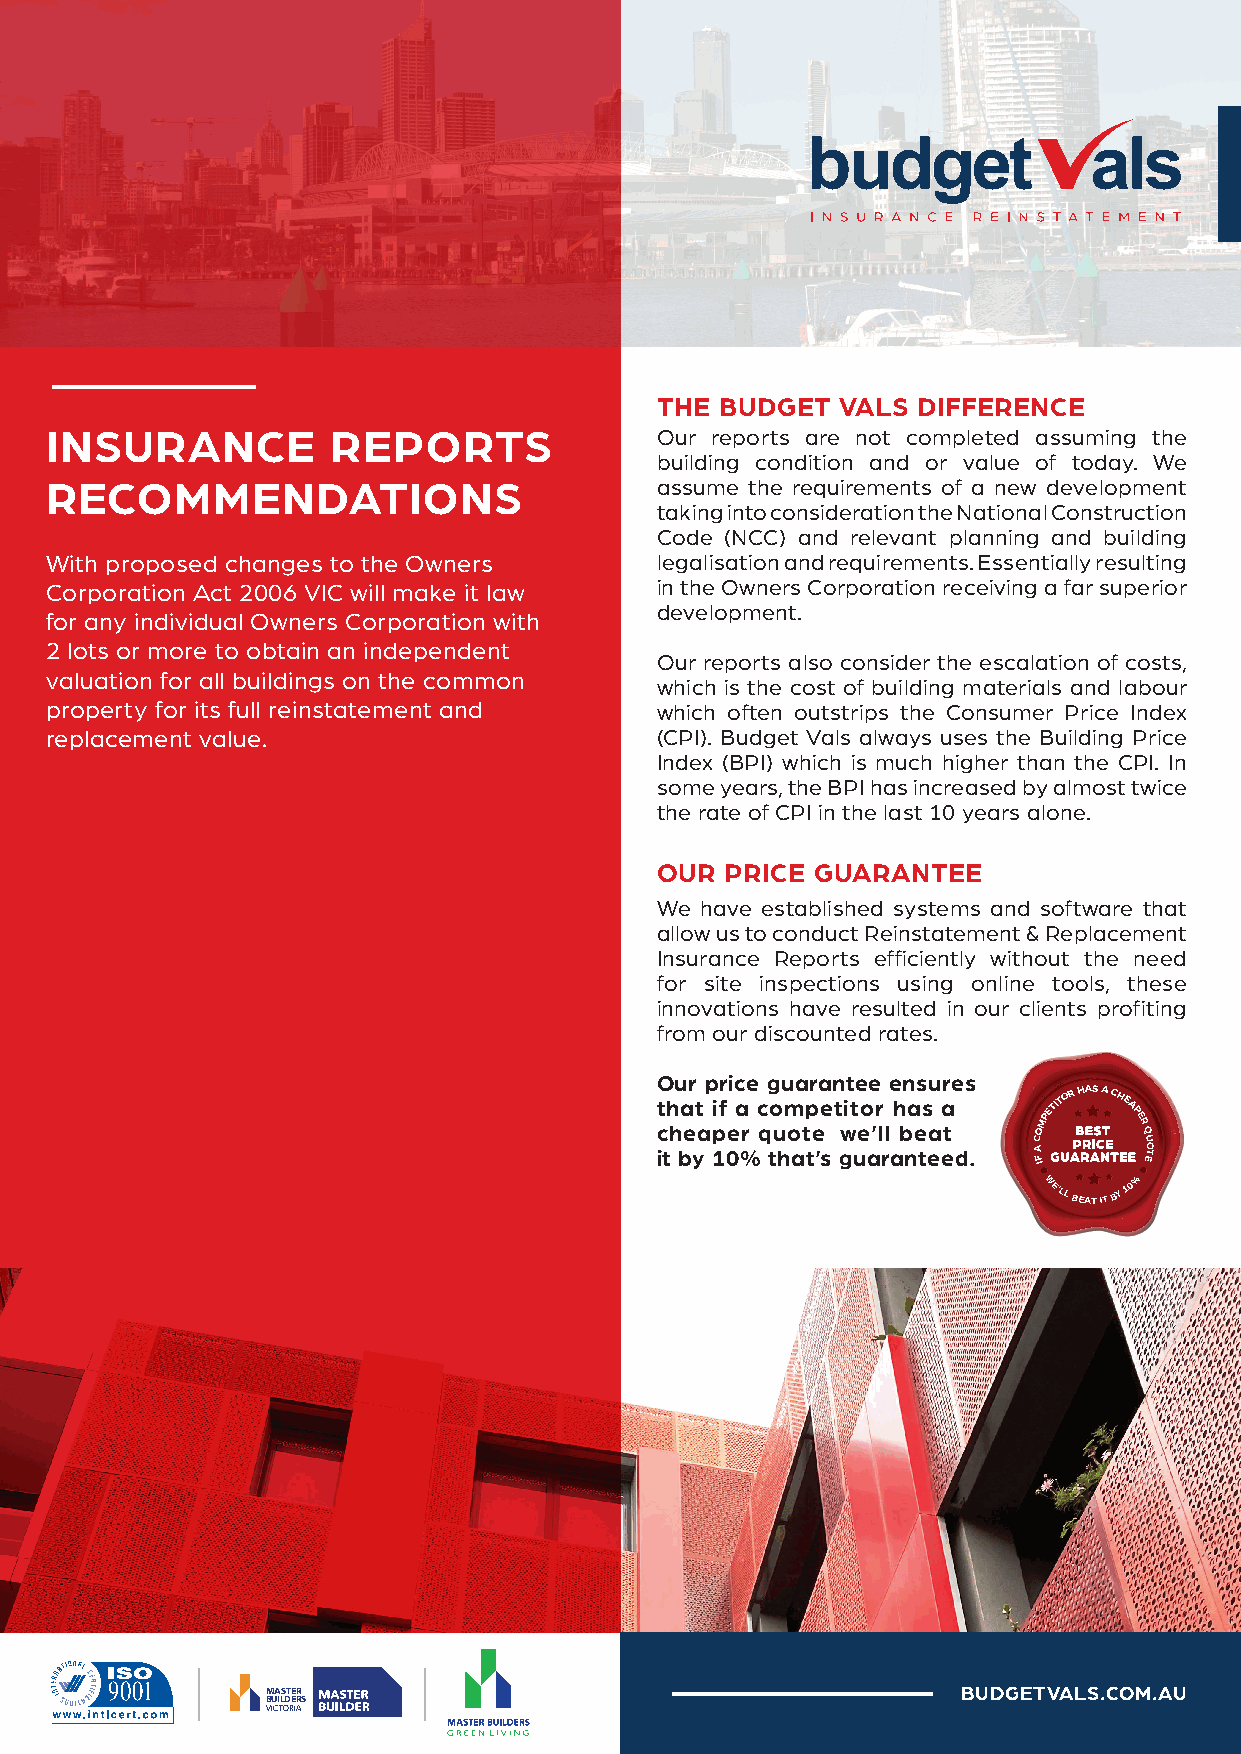
THE  BUDGET VALS  DIFFERENCE
 INSURANCE          REPORTS              Our reports are not completed assuming the
 building condition and or value of today. We
 RECOMMENDATIONS                         assume the requirements of a new development
 taking into consideration the National Construction
 Code (NCC) and relevant planning and building
 With proposed changes to the Owners     legalisation and requirements. Essentially resulting
 Corporation Act 2006 VIC will make it law in the Owners Corporation receiving a far superior
 development.
 for any individual Owners Corporation with
 2 lots or more to obtain an independent
 Our reports also consider the escalation of costs,
 valuation for all buildings on the common
 which is the cost of building materials and labour
 property for its full reinstatement and which often outstrips the Consumer Price Index
 replacement value.                      (CPI). Budget Vals always uses the Building Price
 Index (BPI) which is much higher than the CPI. In
 some years, the BPI has increased by almost twice
 the rate of CPI in the last 10 years alone.
 OUR  PRICE GUARANTEE
 We have established systems and software that
 allow us to conduct Reinstatement & Replacement
 Insurance Reports efficiently without the need
 for site inspections using online tools, these
 innovations have resulted in our clients profiting
 from our discounted rates.
 Our price guarantee ensures
 t ch ha et
 a
 i pf
 e
 a
 r
 c qo um otp ee t wit eo ’r
 l
 lh ba es
 a
 a
 t
 OMPETITOR HAS A CHEAPER
 Q
 C       U
 it by 10% that’s guaranteed. A
 FI
 ETO
 WE’LL
 BEAT IT BY
 10%
 MASTER                                        BUDGETVALS.COM.AU
 BUILDERS
 VICTORIA